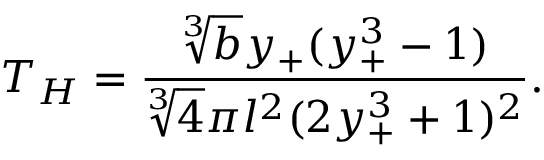
T _ { H } = \frac { \sqrt [ 3 ] { b } y _ { + } ( y _ { + } ^ { 3 } - 1 ) } { \sqrt [ 3 ] { 4 } \pi l ^ { 2 } ( 2 y _ { + } ^ { 3 } + 1 ) ^ { 2 } } .